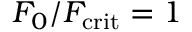
F _ { 0 } / F _ { \mathrm { c r i t } } = 1